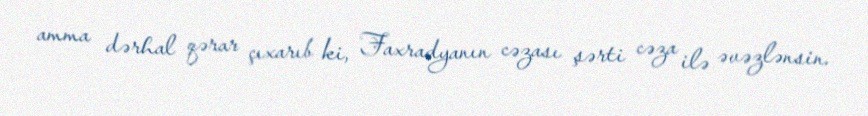
amma dərhal qərar çıxarıb ki, Faxradyanın cəzası şərti cəza ilə əvəzlənsin.